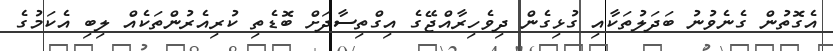
އެގޮތުން ގެނެވުނު ބަދަލުތަކާއި ގުޅިގެން ދިވެހިރާއްޖޭގެ އިގްތިސާދަށް ބޮޑެތި ކުރިއެރުންތަކެއް ލިބި އެކަމުގެ